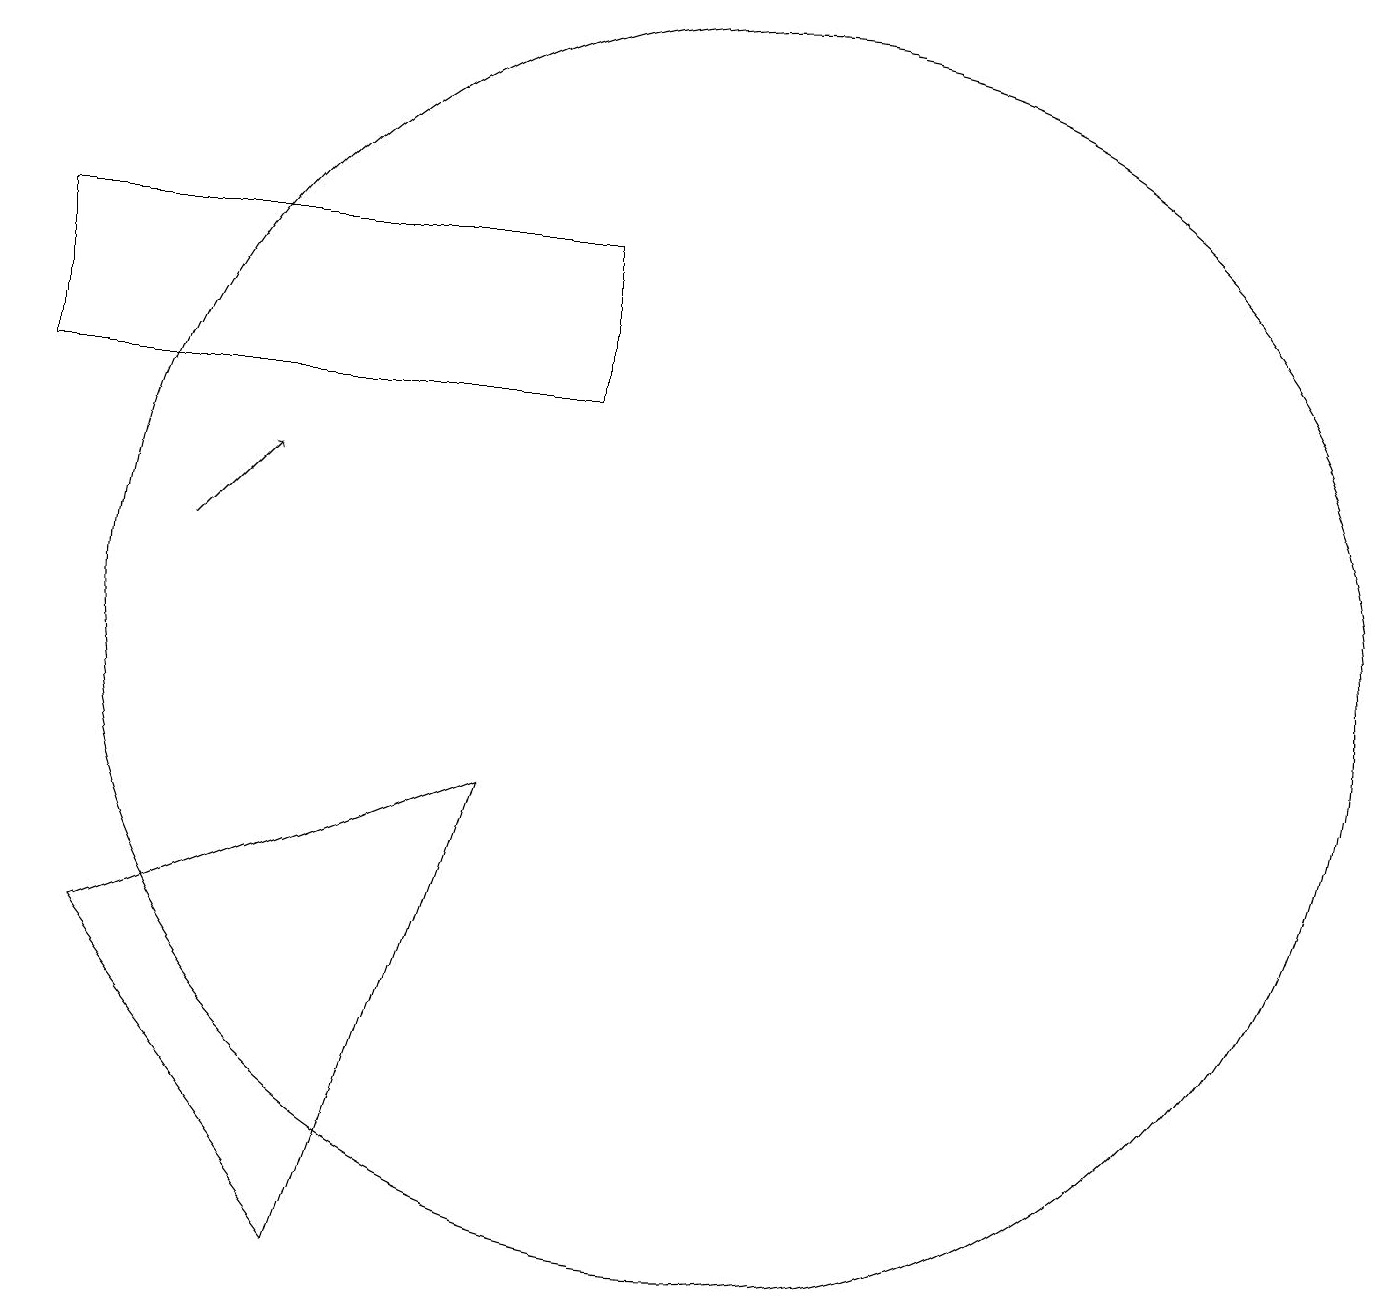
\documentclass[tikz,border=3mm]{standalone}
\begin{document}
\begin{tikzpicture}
\draw (3,7) -- (8,9) -- (6,3) -- cycle;
\draw[->] (4,12) -- (5,13);
\draw (2,14) rectangle (9,16);
\draw (11,11) circle (8);
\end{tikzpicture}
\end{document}